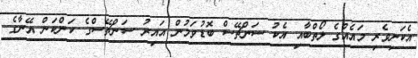
އެކަނިވެރި މައެއްގެ ލޯތްބާއި އެކު ސަންޗޭސް ބޮޑުވަމުން އައިރު ސަންޗޭސްގެ ކަންކަން އޭނާގެ